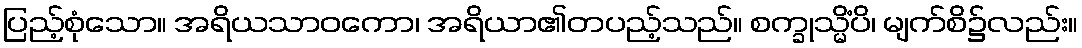
ပြည့်စုံသော။ အရိယသာဝကော၊ အရိယာ၏တပည့်သည်။ စက္ခုသ္မိံပိ၊ မျက်စိ၌လည်း။